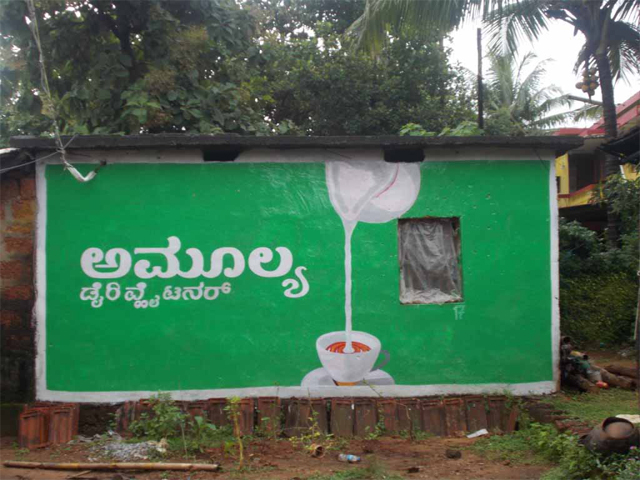
Language: kannada
Transcription: ಅಮೂಲ್ಯ